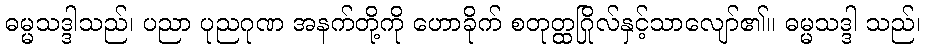
ဓမ္မသဒ္ဒါသည်၊ ပညာ ပုညဂုဏ အနက်တို့ကို ဟောခိုက် စတုတ္ထဂြိုလ်နှင့်သာလျော်၏။ ဓမ္မသဒ္ဒါ သည်၊